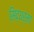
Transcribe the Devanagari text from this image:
सिद्धर्मा